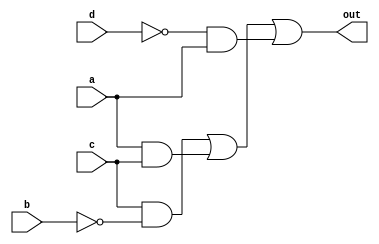
//2022_11_1 kerong
//4-variable
module top_module(
    input a,
    input b,
    input c,
    input d,
    output out  ); 

assign out = c & ~b | a & c | ~d & a;

endmodule